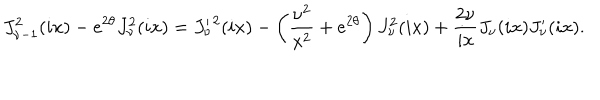
J _ { \nu - 1 } ^ { 2 } ( i x ) - e ^ { 2 \theta } J _ { \nu } ^ { 2 } ( i x ) = { J _ { \nu } ^ { \prime } } ^ { 2 } ( i x ) - \left( { \frac { \nu ^ { 2 } } { x ^ { 2 } } } + e ^ { 2 \theta } \right) J _ { \nu } ^ { 2 } ( i x ) + { \frac { 2 \nu } { i x } } J _ { \nu } ( i x ) J _ { \nu } ^ { \prime } ( i x ) .